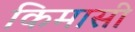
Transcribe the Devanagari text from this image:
किमासी